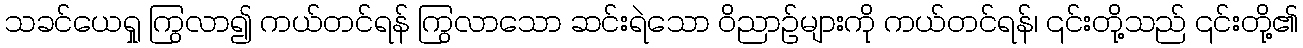
သခင်ယေရှု ကြွလာ၍ ကယ်တင်ရန် ကြွလာသော ဆင်းရဲသော ဝိညာဉ်များကို ကယ်တင်ရန်၊ ၎င်းတို့သည် ၎င်းတို့၏